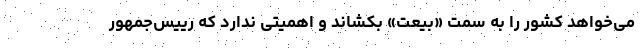
می‌خواهد کشور را به سمت «بیعت» بکشاند و اهمیتی ندارد که رییس‌جمهور